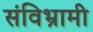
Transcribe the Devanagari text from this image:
संविभ्रामी